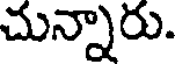
చున్నారు.